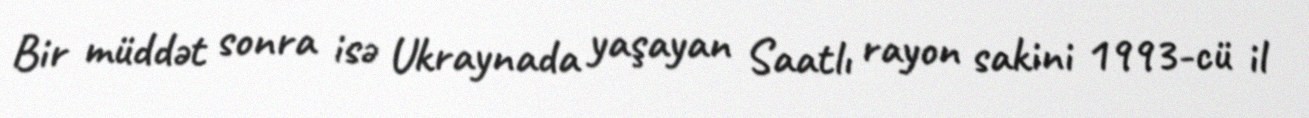
Bir müddət sonra isə Ukraynada yaşayan Saatlı rayon sakini 1993-cü il